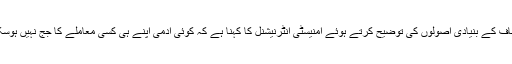
انصاف کے بنیادی اصولوں کی توضیح کرتے ہوئے امنیسٹی انٹرنیشنل کا کہنا ہے کہ کوئی آدمی اپنے ہی کسی معاملے کا جج نہیں ہوسکتا ۔